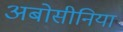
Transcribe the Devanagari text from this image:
अबोसीनिया